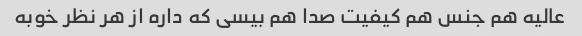
عالیه هم جنس هم کیفیت صدا هم بیسی که داره از هر نظر خوبه